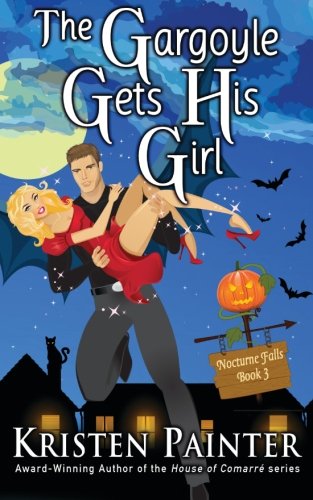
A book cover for The Gargoyle Gets His Girl (Nocturne Falls) (Volume 3); Kristen Painter; Romance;